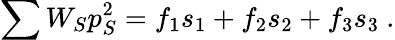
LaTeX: \sum W_{S}p_{S}^{2}=f_{1}s_{1}+f_{2}s_{2}+f_{3}s_{3}\ .